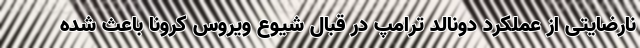
نارضایتی از عملکرد دونالد ترامپ در قبال شیوع ویروس کرونا باعث شده